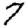
Digit: 7